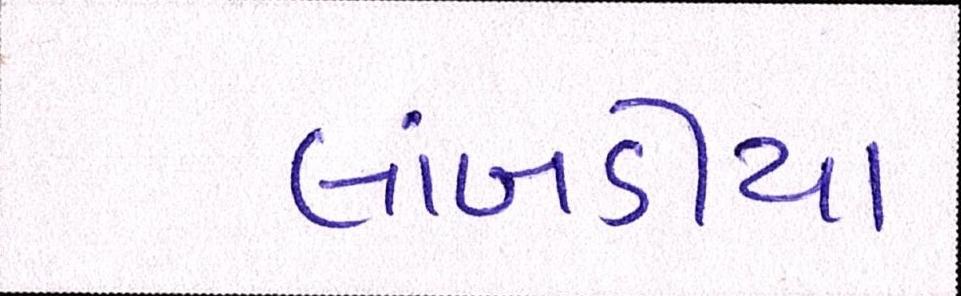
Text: લાંબડીયા